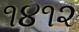
૧૪૧૨